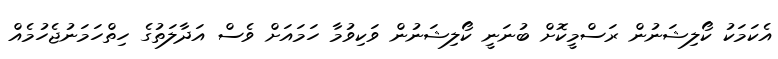
އެކަމަކު ކޯލިޝަނުން ރަސްމީކޮށް ބުނަނީ ކޯލިޝަނުން ވަކިވުމާ ހަމައަށް ވެސް އަދާލަތުގެ ހިތްހަމަނުޖެހުމެއް